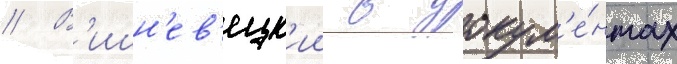
// В'ишн'ев'ецк'ии в докум'е́нтах